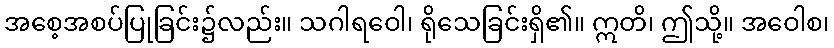
အစေ့အစပ်ပြုခြင်း၌လည်း။ သဂါရဝေါ၊ ရိုသေခြင်းရှိ၏။ ဣတိ၊ ဤသို့။ အဝေါစ၊